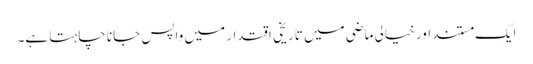
ایک مستند اور خیالی ماضی میں تاریخی اقتدار میں واپس جانا چاہتا ہے۔